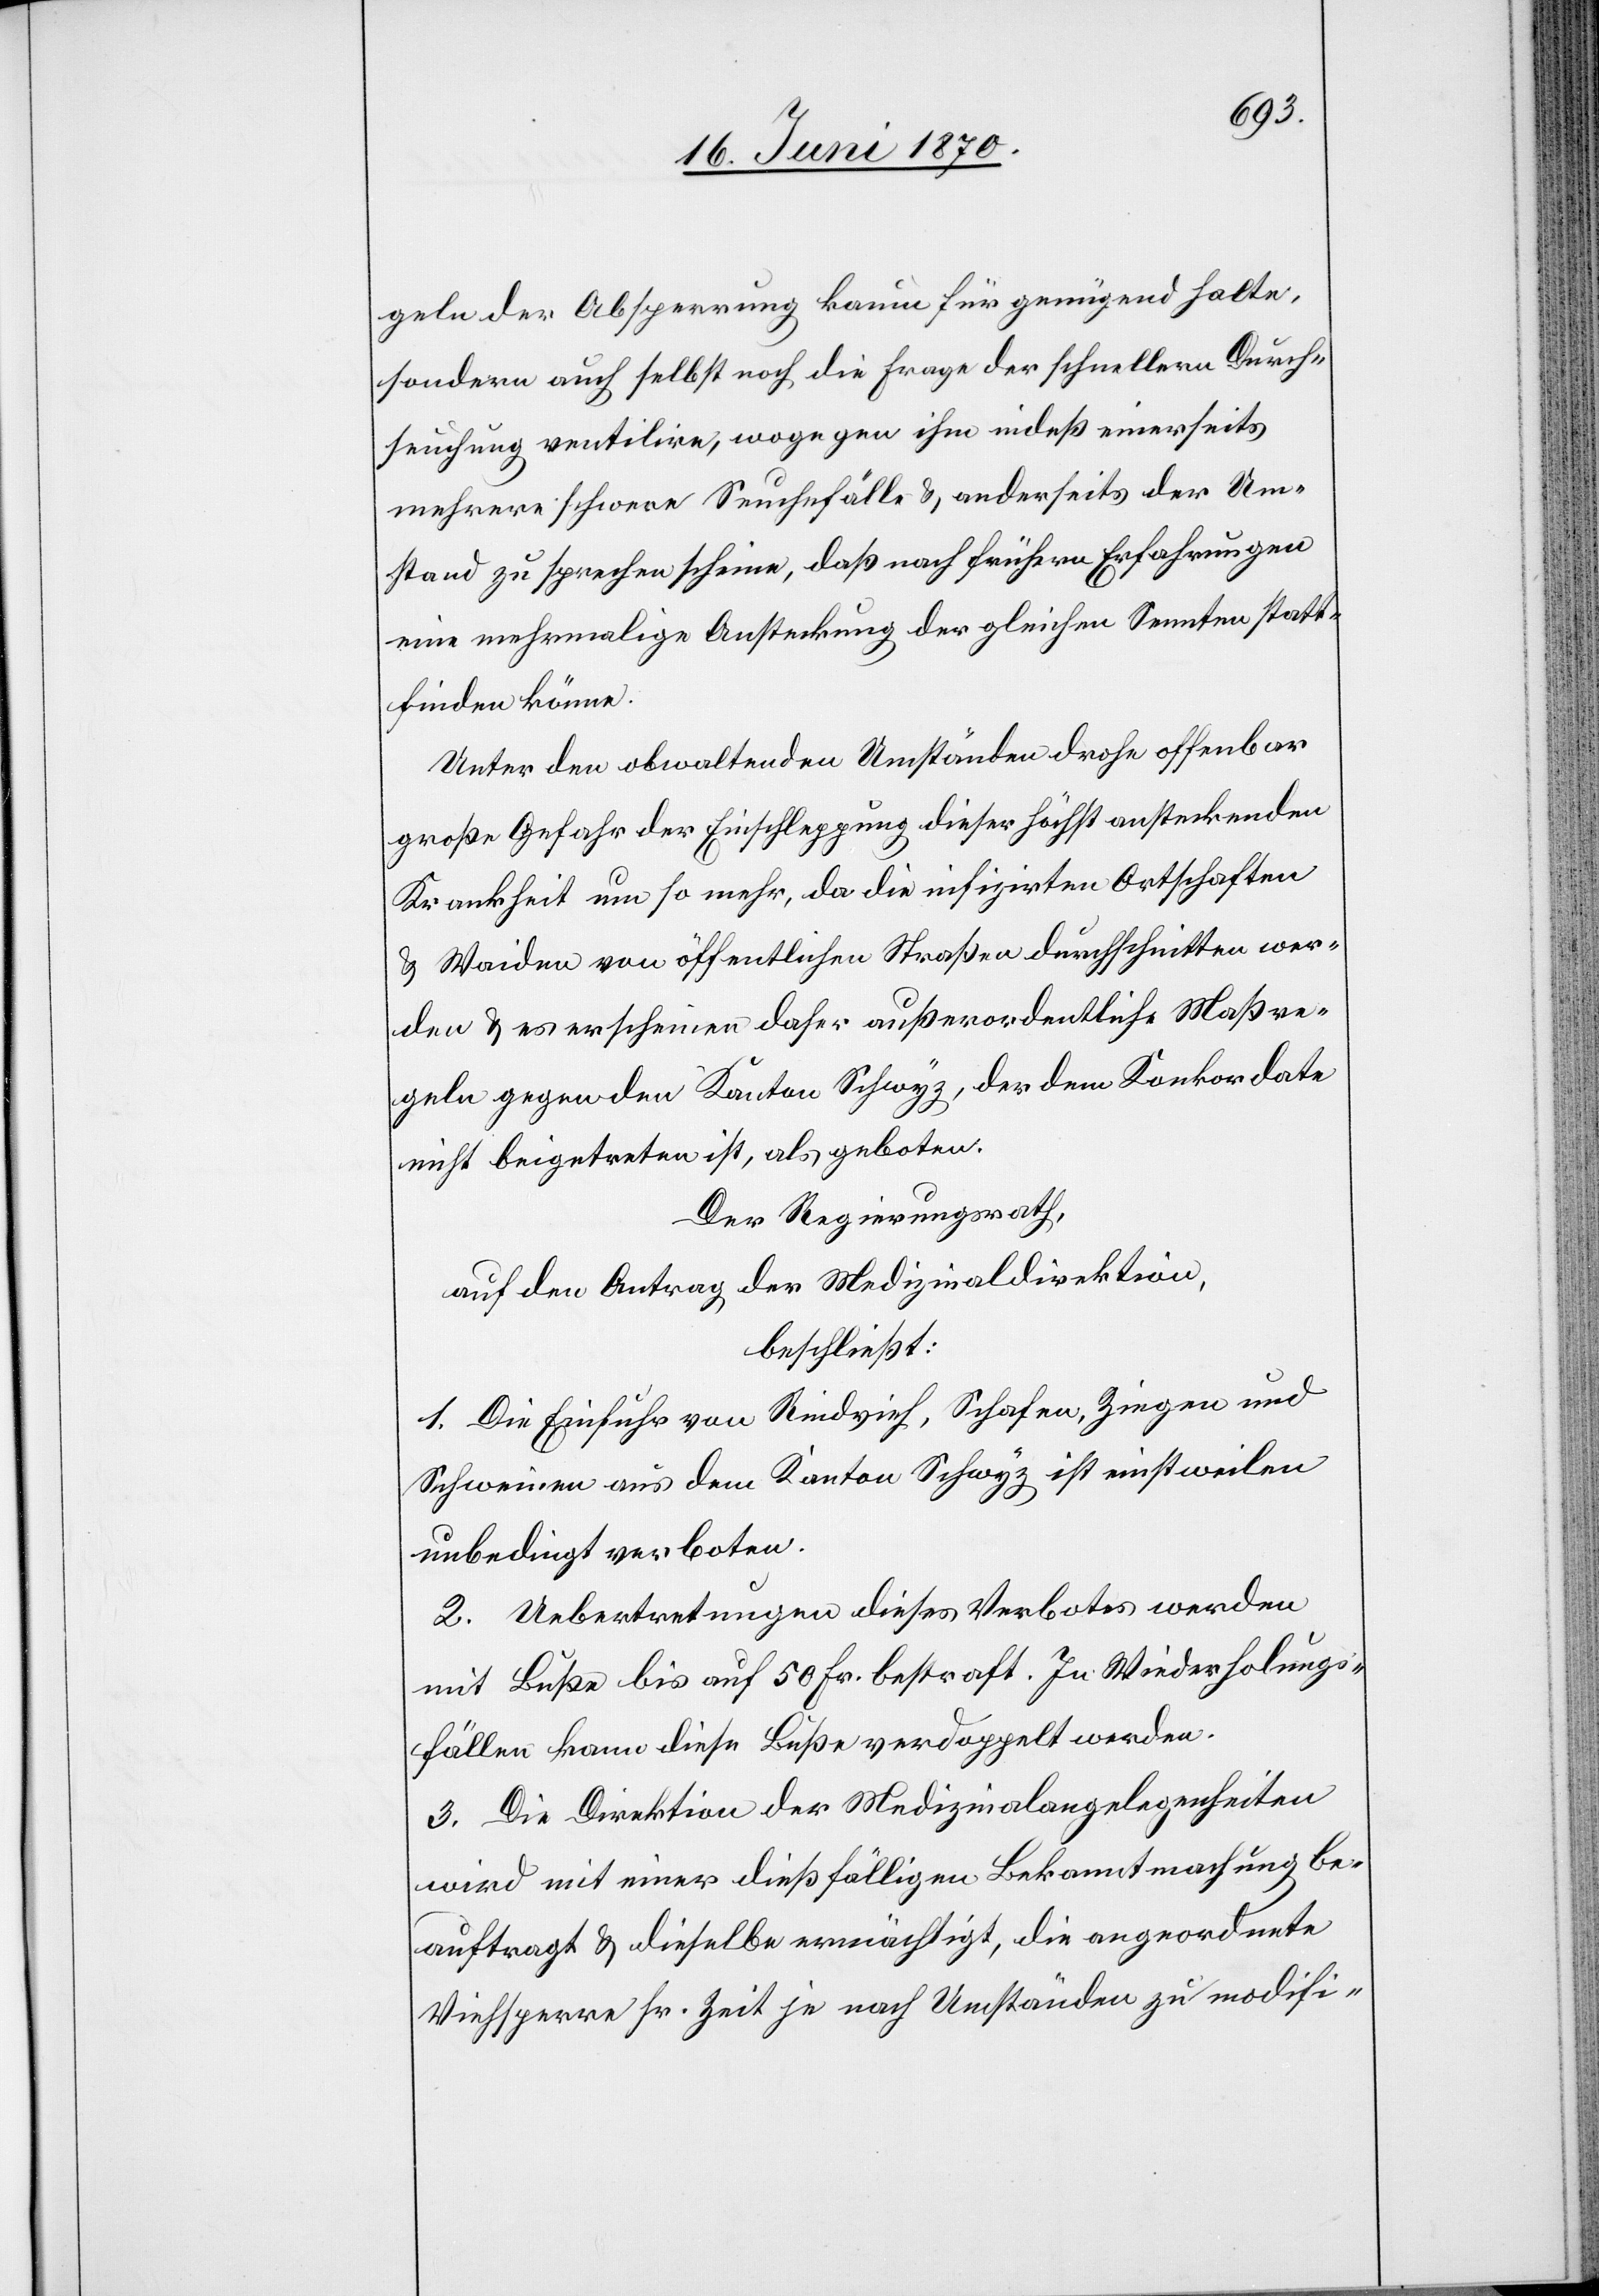
geln der Absperrung kaum für genügend halte,
sondern auch selbst noch die Frage der schnellern Durch¬
seuchung ventilire, wogegen ihm indeß einerseits
mehrere schwere Seuchefälle & anderseits der Um¬
stand zu sprechen scheine, daß nach frühern Erfahrungen
eine mehrmalige Ansteckung der gleichen Sennten statt¬
finden könne.
Unter den obwaltenden Umständen drohe offenbar
große Gefahr der Einschleppung dieser höchst ansteckenden
Krankheit um so mehr, da die infizirten Ortschaften
& Waiden [sic!] von öffentlichen Straßen durchschnitten wer¬
den & es erscheinen daher außerordentliche Maßre¬
geln gegen den Kanton Schwyz, der dem Konkordate
nicht beigetreten ist, als geboten.
Der Regierungsrath,
auf den Antrag der Medizinaldirektion,
beschließt:
1. Die Einfuhr von Rindvieh, Schafen, Ziegen und
Schweinen aus dem Kanton Schwyz ist einstweilen
unbedingt verboten.
2. Uebertretungen dieses Verbotes werden
mit Buße bis auf 50 Fr. bestraft. In Wiederholungs¬
fällen kann diese Buße verdoppelt werden.
3. Die Direktion der Medizinalangelegenheiten
wird mit einer dießfälligen Bekanntmachung be¬
auftragt & dieselbe ermächtigt, die angeordnete
Viehsperre sr. Zt. je nach Umständen zu modifi-